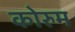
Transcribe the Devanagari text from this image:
कोरुम